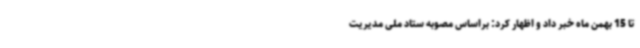
تا 15 بهمن ماه خبر داد و اظهار کرد: براساس مصوبه ستاد ملی مدیریت